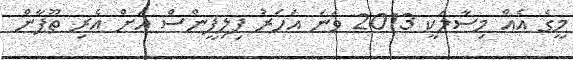
މީގެ އެއް މިސާލަކީ 2013 ވަނަ އަހަރު ފިލިޕީންސް އަށް އެރި ތޫފާން